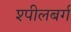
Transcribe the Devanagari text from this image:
श्पीलबर्ग